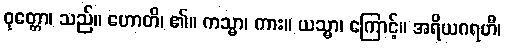
ဝုတ္တော၊ သည်။ ဟောတိ၊ ၏။ ကသ္မာ၊ ကား။ ယသ္မာ၊ ကြောင့်။ အရိယဂရဟီ၊